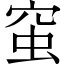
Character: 𧉴